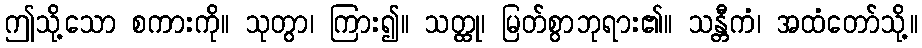
ဤသို့သော စကားကို။ သုတွာ၊ ကြား၍။ သတ္ထု၊ မြတ်စွာဘုရား၏။ သန္တီကံ၊ အထံတော်သို့။